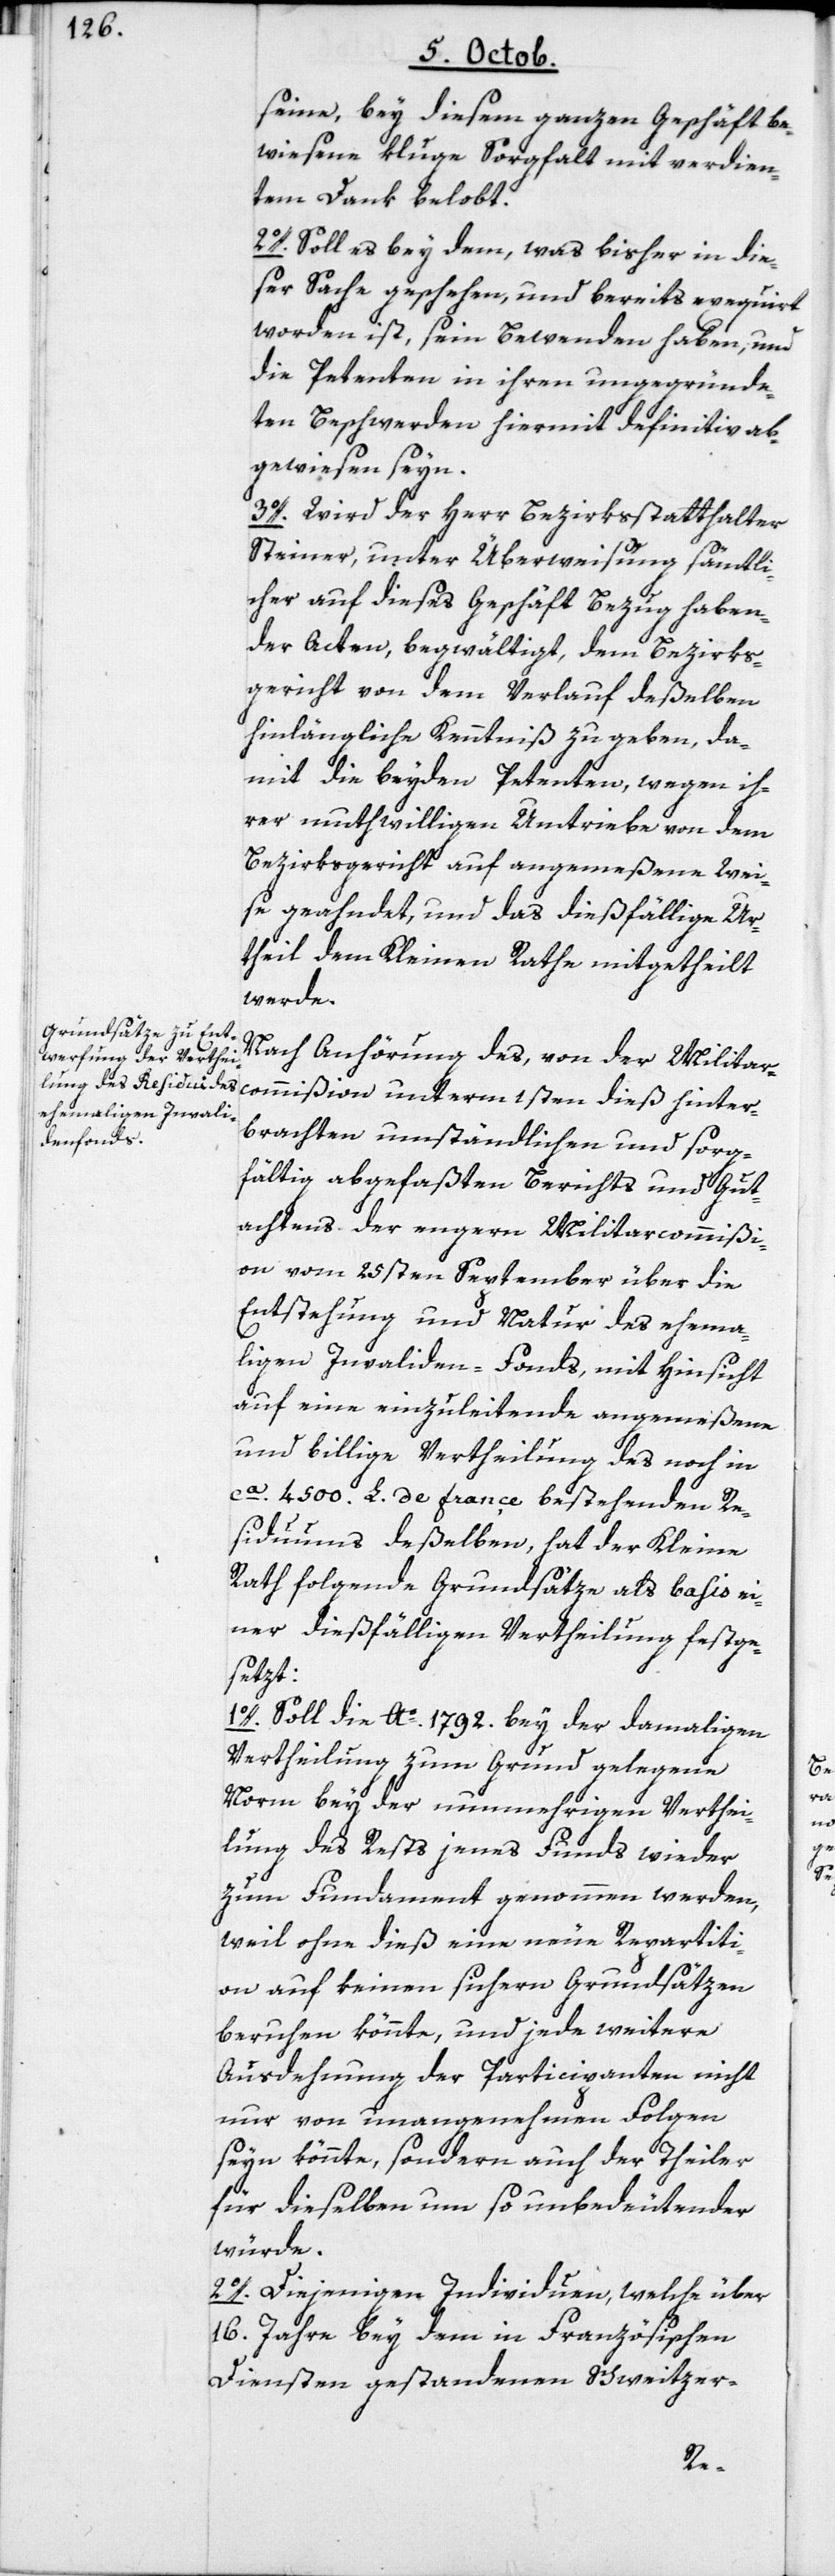
seine, bey diesem ganzen Geschäft be¬
wiesene kluge Sorgfalt mit verdien¬
tem Dank belobt.
2o. Soll es bey dem, was bisher in die¬
ser Sache geschehen, und bereits exequiert
worden ist, sein Bewenden haben, und
die Petenten in ihren ungegründe¬
ten Beschwerden hiermit definitiv ab¬
gewiesen seyn.
3o. Wird der Herr Beszirksstatthalter
Steiner, unter Überweisung sämmtli¬
cher auf dieses Geschäft Bezug haben¬
den Acten, begwältigt, dem Bezirks¬
gericht von dem Verlauf deßelben
hinlängliche Kenntniß zu geben, da¬
mit die beyden Petenten, wegen ih¬
rer muthwilligen Umtriebe von dem
Bezirksgericht auf angemeßene Wei¬
se geahndet, und das dießfällige Ur¬
theil dem Kleinen Rathe mitgetheilt
werde.
Nach Anhörung des von der Militar¬
dieß hinter¬
brachten umständlichen und sorg¬
fältig abgefaßten Berichts und Gut¬
achtens der engern Militarcommißi¬
on vom 25sten September über die
Entstehung und Natur des ehemah¬
ligen Invaliden-Fonds, mit Hinsicht
auf eine einzuleitende angemeßene
und billige Vertheilung des noch in
ca. 4500. L. de françe bestehenden Re¬
siduums deßelben, hat der Kleine
Rath folgende Grundsätze als basis ei¬
ner dießfälligen Vertheilung festge¬
setzt:
1o. Soll die Ao. 1792. bey der damaligen
Vertheilung zum Grund gelegene
Norm bey der nunmehrigen Verthei¬
lung des Rests jenes Funds wieder
zum Fundament genommen werden,
weil ohne dieß eine neue Repartiti¬
on auf keinen sichern Grundsätzen
beruhen könnte, und jede weitere
Ausdehnung der Participanten nicht
nur von unangenehmen Folgen
seyn könnte, sondern auch der Theiler
ßion
für dieselben um so unbedeutender
würde.
2o. Diejenigen Individuen, welche über
16. Jahre bey dem in Französischen
Diensten gestandenen Schweitzer-
mi¬